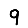
Digit: 9